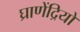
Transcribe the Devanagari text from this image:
घ्राणेंद्रियों